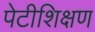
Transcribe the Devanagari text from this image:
पेटीशिक्षण